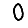
Digit: 0